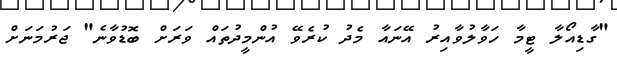
"ގާޑިއޯލާ ޓީމާ ހަވާލުވާއިރު އޭނައާ މެދު ކުރެވޭ އުންމީދުތައް ވަރަށް ބޮޑުވާނެ" ޖަރުމަނަށް